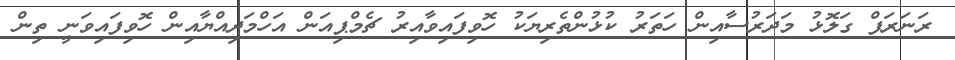
ރަނަރަފް ގަލޮޅު މަދަރުސާއިން ހަތަރު ކުޅުންތެރިޔަކު ހޮވިފައިވާއިރު ޗެމްޕިއަން އަހްމަދިއްޔާއިން ހޮވިފައިވަނީ ތިން